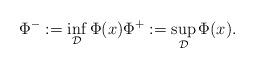
LaTeX: \begin{align*}\Phi^{-}:=\inf_{\mathcal{D}} \Phi(x) \Phi^{+}:=\sup_{ \mathcal{D}}\Phi(x).\end{align*}